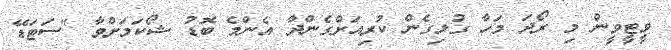
ވީޓީވީން މި ރޯދަ މަހާ ގުޅިގެން ކުރިއަށްގެންދާ އެންމެ ބޮޑު ޝޯކަމަށްވާ "ސަޓަޑޭ